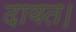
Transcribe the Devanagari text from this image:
दावत।